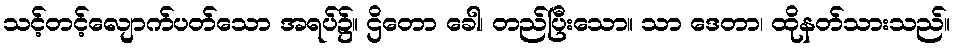
သင့်တင့်လျောက်ပတ်သော အရပ်၌။ ဌိတော ခေါ၊ တည်ပြီးသော။ သာ ဒေတာ၊ ထိုနတ်သားသည်။